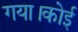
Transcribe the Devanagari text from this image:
गया।कोई